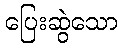
ပြေးဆွဲသော